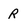
Character: R